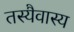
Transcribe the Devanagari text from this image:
तस्यैवास्य